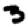
Digit: 3